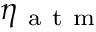
\eta _ { \mathrm { ~ a ~ t ~ m ~ } }